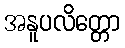
အနူပလိတ္တော